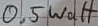
Text: 0.5 Watt